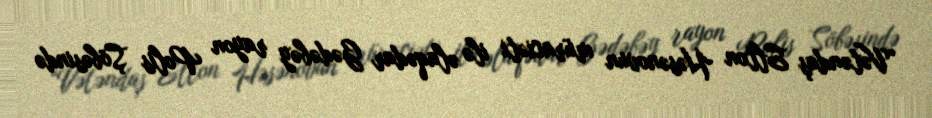
“Vətəndaş Elton Həsənovun müraciəti ilə əlaqədar Gədəbəy rayon Polis Şöbəsində